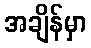
အချိန်မှာ